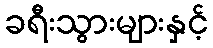
ခရီးသွားများနှင့်